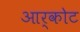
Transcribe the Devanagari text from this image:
आर्कोट